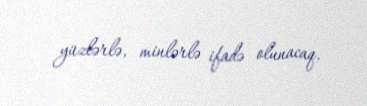
yüzlərlə, minlərlə ifadə olunacaq.